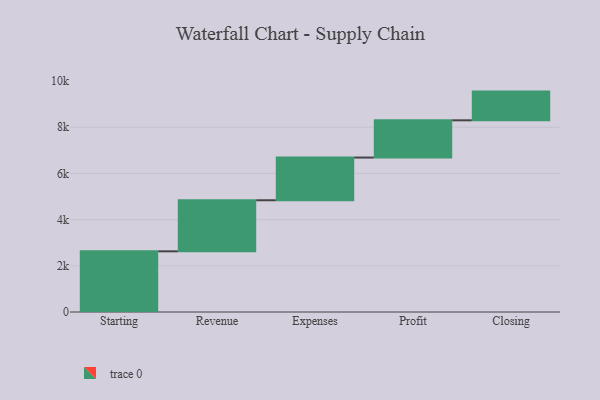
{"axis": {"x": "Step", "y": "Value"}, "legend": [""], "data": [{"x": "Starting", "y": 2627.0, "type": ""}, {"x": "Revenue", "y": 2210.0, "type": ""}, {"x": "Expenses", "y": 1849.0, "type": ""}, {"x": "Profit", "y": 1612.0, "type": ""}, {"x": "Closing", "y": 1243.0, "type": ""}]}